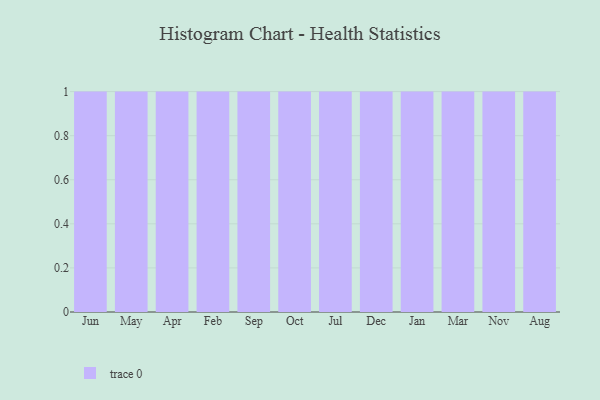
{"axis": {"x": "Month", "y": "Tickets Resolved"}, "legend": [""], "data": [{"x": "Jun", "y": 60, "type": ""}, {"x": "May", "y": 72, "type": ""}, {"x": "Apr", "y": 27, "type": ""}, {"x": "Feb", "y": 90, "type": ""}, {"x": "Sep", "y": 56, "type": ""}, {"x": "Oct", "y": 82, "type": ""}, {"x": "Jul", "y": 68, "type": ""}, {"x": "Dec", "y": 10, "type": ""}, {"x": "Jan", "y": 3, "type": ""}, {"x": "Mar", "y": 83, "type": ""}, {"x": "Nov", "y": 8, "type": ""}, {"x": "Aug", "y": 90, "type": ""}]}